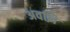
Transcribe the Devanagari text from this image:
अवऩि